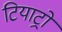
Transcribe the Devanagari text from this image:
टियाट्रो